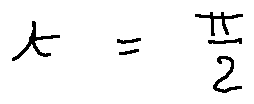
t = \frac { \pi } { 2 }